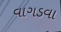
વાગડવા